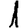
Digit: 1